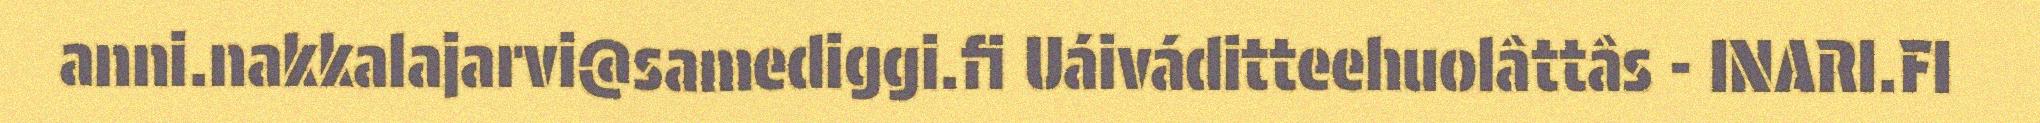
anni.nakkalajarvi@samediggi.fi Uáiváditteehuolâttâs - INARI.FI